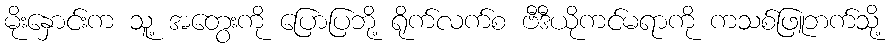
မိုးနှောင်းက သူ့ အတွေးကို ပြောပြဘို့ ရိုက်လက်စ ဗီဒီယိုကင်မရာကို ကသစ်ဖြူဘက်သို့